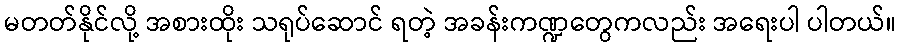
မတတ်နိုင်လို့ အစားထိုး သရုပ်ဆောင် ရတဲ့ အခန်းကဏ္ဍတွေကလည်း အရေးပါ ပါတယ်။